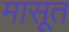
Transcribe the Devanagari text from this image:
मासूत